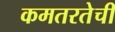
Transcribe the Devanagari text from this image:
कमतरतेची